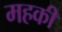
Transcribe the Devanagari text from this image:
महकी